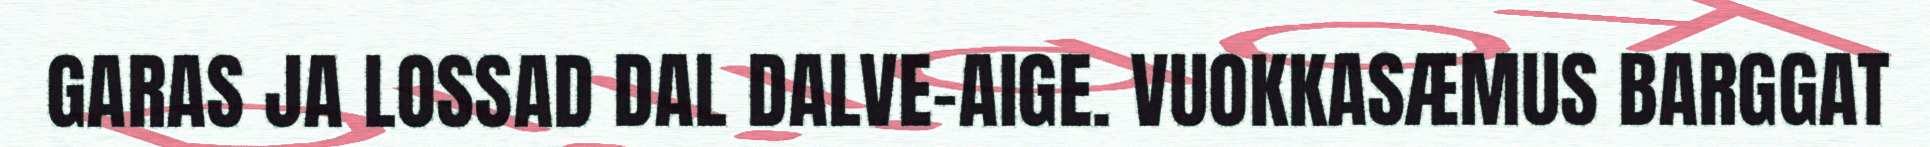
GARAS JA LOSSAD DAL DALVE-AIGE. VUOKKASÆMUS BARGGAT